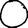
Digit: 0